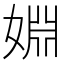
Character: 婣